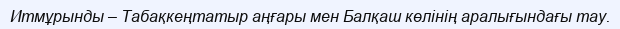
Итмұрынды – Табақкеңтатыр аңғары мен Балқаш көлінің аралығындағы тау.